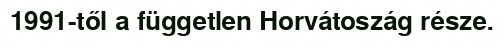
1991-től a független Horvátoszág része.